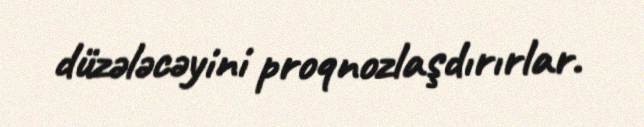
düzələcəyini proqnozlaşdırırlar.